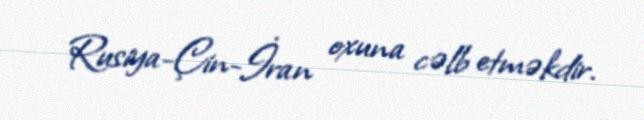
Rusiya-Çin-İran oxuna cəlb etməkdir.